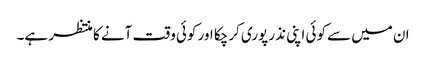
ان میں سے کوئی اپنی نذر پوری کرچکا اور کوئی وقت آنے کا منتظر ہے۔